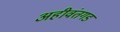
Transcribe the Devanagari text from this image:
अहीवंतगड